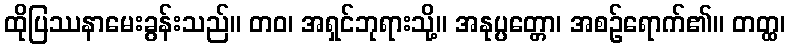
ထိုပြဿနာမေးခွန်းသည်။ တဝ၊ အရှင်ဘုရားသို့။ အနုပ္ပတ္တော၊ အစဉ်ရောက်၏။ တတ္ထ၊